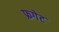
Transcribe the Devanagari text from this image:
फ्रगेट